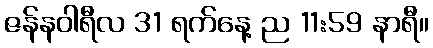
ဇန်နဝါရီလ 31 ရက်နေ့ ည 11:59 နာရီ။